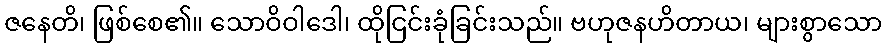
ဇနေတိ၊ ဖြစ်စေ၏။ သောဝိဝါဒေါ၊ ထိုငြင်းခုံခြင်းသည်။ ဗဟုဇနဟိတာယ၊ များစွာသော